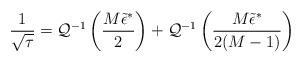
LaTeX: \begin{align*}\frac{1}{\sqrt{\tau}}=\mathcal{Q}^{-1}\left(\frac{M\tilde \epsilon^*}{2}\right)+\mathcal{Q}^{-1}\left(\frac{M\tilde \epsilon^*}{2(M-1)}\right)\end{align*}